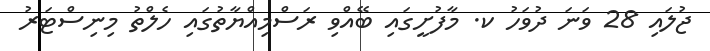
ޖުލައި 28 ވަނަ ދުވަހު ކ. މާފުށީގައި ބޭއްވި ރަސްމިއްޔާތުގައި ހެލްތު މިނިސްޓަރު